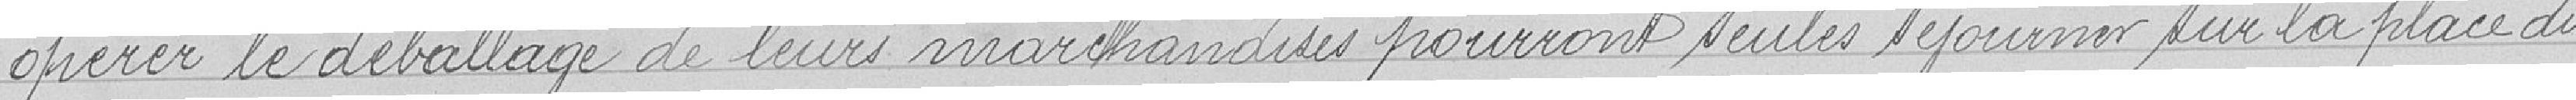
opérer le déballage de leurs marchandises pourront seules séjourner sur la place du